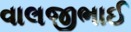
વાલજીભાઈ